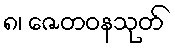
၈၊ ဇေတဝနသုတ်